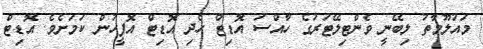
މައުލޫމާތު ލިބޭނީ ވެންޓިލޭޓަރުގެ ހާއްސަ އޮޑިޓް ހެދި އޮޑިޓް އޮފީހުން ކަމަށެވެ. އޮޑިޓް